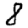
Digit: 8